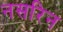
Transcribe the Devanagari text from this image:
नसरिन